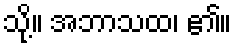
သို့။ အဘာသထ၊ ၏။